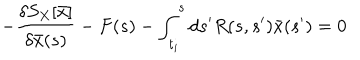
- { \frac { \delta S _ { X } [ \bar { x } ] } { \delta \bar { x } ( s ) } } - F ( s ) - \int _ { t _ { i } } ^ { s } d s ^ { \prime } R ( s , s ^ { \prime } ) \bar { x } ( s ^ { \prime } ) = 0